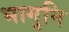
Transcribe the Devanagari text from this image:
भागुनि